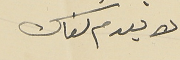
لا يعدم لقاك